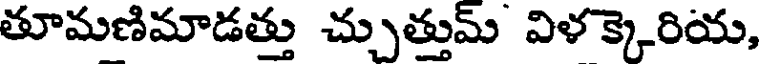
తూమణిమాడత్తు చ్చుత్తుమ్ విళక్కెరియ,